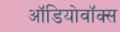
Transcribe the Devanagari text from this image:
ऑडियोवॉक्स